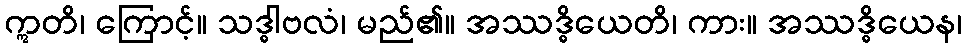
ဣတိ၊ ကြောင့်။ သဒ္ဓါဗလံ၊ မည်၏။ အဿဒ္ဓိယေတိ၊ ကား။ အဿဒ္ဓိယေန၊